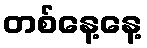
တစ်နေ့နေ့